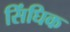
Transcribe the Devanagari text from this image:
सिंघिक